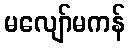
မလျော်မကန်